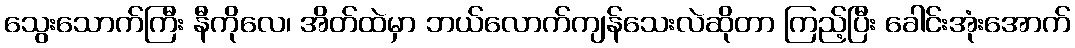
သွေးသောက်ကြီး နီကိုလေ၊ အိတ်ထဲမှာ ဘယ်လောက်ကျန်သေးလဲဆိုတာ ကြည့်ပြီး ခေါင်းအုံးအောက်